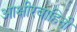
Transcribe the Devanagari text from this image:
आक्षीरवाहिनी